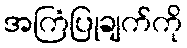
အကြံပြုချက်ကို